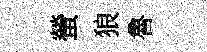
螢狼魯